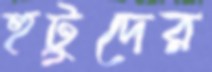
হুটুদের